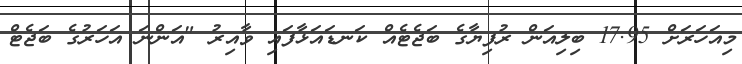
މިއަހަރަށް 17.95 ބިލިއަން ރުފިޔާގެ ބަޖެޓެއް ކަނޑައަޅާފައި ވާއިރު "އަންނަ އަހަރުގެ ބަޖެޓް